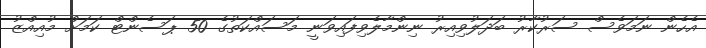
އެހެން ނަމަވެސް ސަރުކާރު ބަދަލުވިއިރު ނިންމާލެވިފައިވަނީ މަސައްކަތުގެ 50 ޕަސެންޓް ކަމަށް މުއިއްޒު